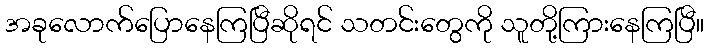
အခုလောက်ပြောနေကြပြီဆိုရင် သတင်းတွေကို သူတို့ကြားနေကြပြီ။